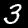
Digit: 3